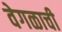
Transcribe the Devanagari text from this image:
वेगळाची